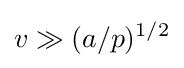
v\gg (a/p)^{1/2}